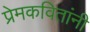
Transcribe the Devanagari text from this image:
प्रेमकवितांनी